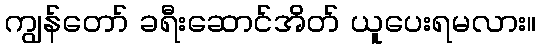
ကျွန်တော် ခရီးဆောင်အိတ် ယူပေးရမလား။